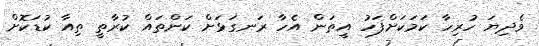
ވެދިޔަ ހުރިހާ ކަމަކަށްފަހު އީތަން އެހާ ރަނގަޅަށް ކަންތައް ކުރާތީ ތިއާ ކުޑަކޮށް